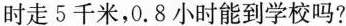
时走5千米，0.8小时能到学校吗?